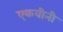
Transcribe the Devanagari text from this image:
एकवीनी